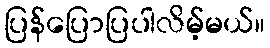
ပြန်ပြောပြပါလိမ့်မယ်။